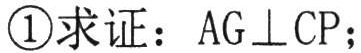
\textcircled{1}求证：\(AG\perp CP\)；